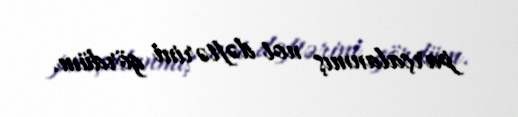
parçalanmış not dəftərini gördüm.